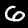
Digit: 6